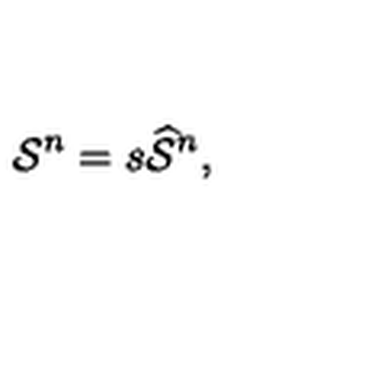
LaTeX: \mathcal { S } ^ { n } = s \widehat { \mathcal { S } } ^ { n } ,